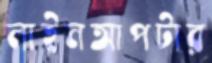
লাইনআপটার